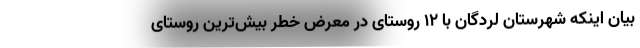
بیان اینکه شهرستان لردگان با ۱۲ روستای در معرض خطر بیش‌ترین روستای